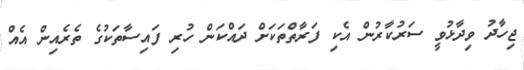
ޖިހާދު ވިދާޅުވީ ސަރުކާރުން އެކި ފަރާތްތަކަށް ދައްކަން ހުރި ފައިސާތަކުގެ ތެރެއިން އެއް